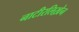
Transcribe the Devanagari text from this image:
नाटीरलिख़ेन